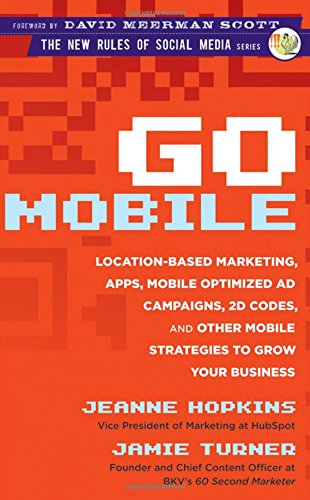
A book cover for Go Mobile: Location-Based Marketing, Apps, Mobile Optimized Ad Campaigns, 2D Codes and Other Mobile Strategies to Grow Your Business; Jeanne Hopkins; Computers & Technology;